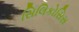
સિલિકોસિસ